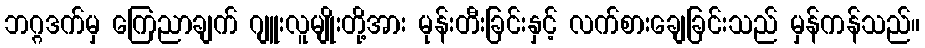
ဘဂ္ဂဒက်မှ ကြေညာချက် ဂျူးလူမျိုးတို့အား မုန်းတီးခြင်းနှင့် လက်စားချေခြင်းသည် မှန်ကန်သည်။